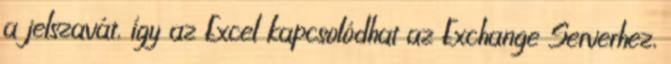
a jelszavát, így az Excel kapcsolódhat az Exchange Serverhez,